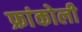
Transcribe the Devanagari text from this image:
फ्रांकोली